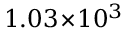
1 . 0 3 \! \times \! 1 0 ^ { 3 }